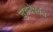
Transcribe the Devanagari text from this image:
सुचनेपर्यंत